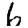
Digit: 6